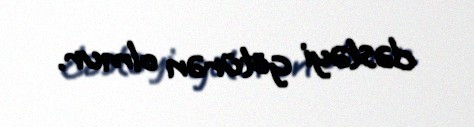
dəstəyi götürən olmur.